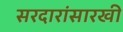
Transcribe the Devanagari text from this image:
सरदारांसारखी